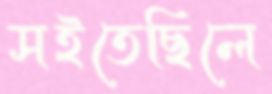
সইতেছিলে